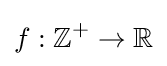
f:\mathbb {Z} ^{+}\to \mathbb {R}